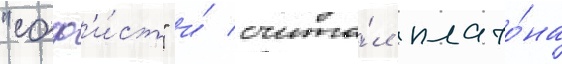
"соф'и́ст" и́ счита́л плато́на